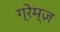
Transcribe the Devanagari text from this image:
ग्रेम्ज़